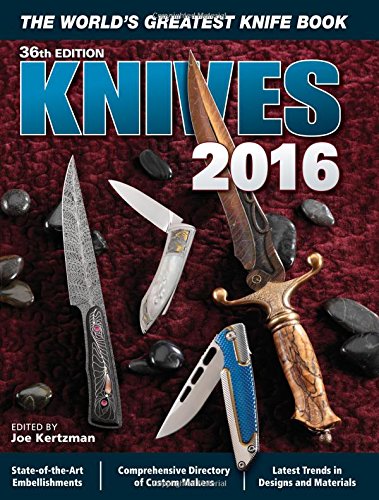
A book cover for Knives 2016: The World's Greatest Knife Book; Crafts, Hobbies & Home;